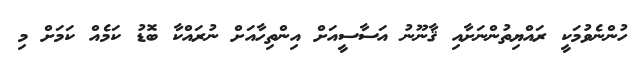
ހުންނެވުމަކީ ރައްޔިތުންނަށާއި ޤާނޫނު އަސާސީއަށް އިންތިހާއަށް ނުރައްކާ ބޮޑު ކަމެއް ކަމަށް މި